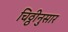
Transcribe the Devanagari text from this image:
चिठ्ठीनुसार